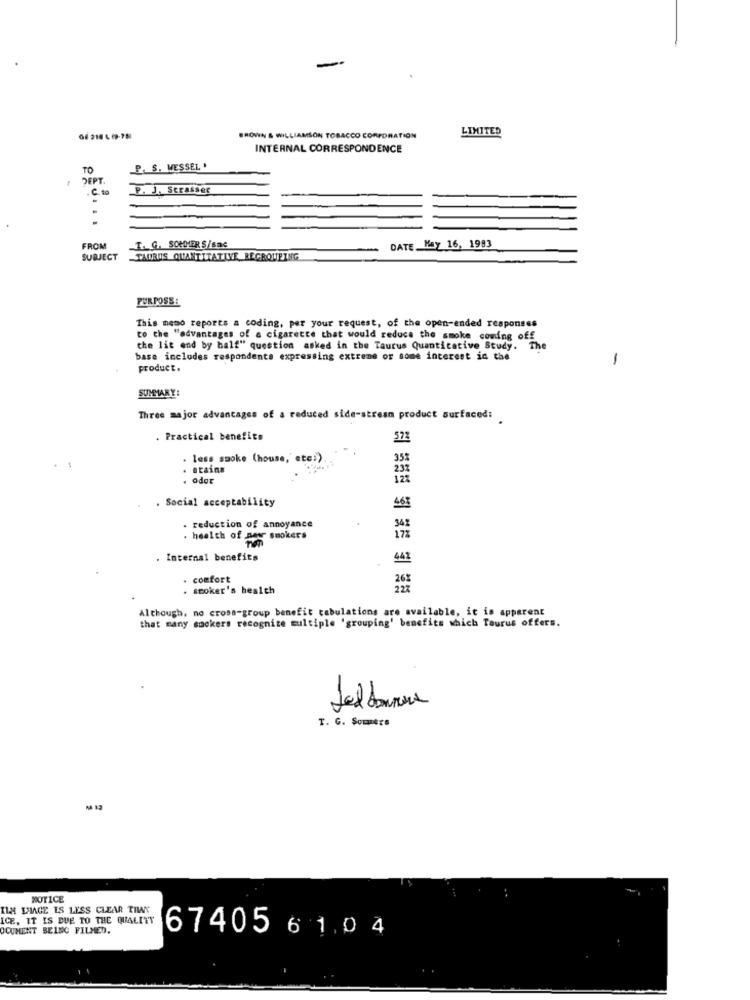
LIMITED
GF 216 6 9-781
BROWN & WILLIAMSON TOBACCO CORPORATION
INTERNAL CORRESPONDENCE
TO
P. S. WESSEL .
DEPT.
P. J. Strassec
FROM
I. G. SOMMER S/sBC
DATE, May 16, 1993
SUBJECT
TAURUS QUANTITATIVE REGROUPING
PURPOSS:
This memo reports a coding, per your request, of the open-ended responses
to the "advantages of a cigarette that would reduce the smoke coming off
che lit end by half" question asked in the Taurus Quantitative Study.
"The
base includes respondents expressing extreme or some interest in the
-
product.
SUMMARY:
Three major advantages of a reduced side-stream product surfaced:
. Practical benefits
573
. less smoke (house, ete:)
353
Brains
. odor
. Social acceptability
. reduction of annoyance
342
. health of new smokers
172
. Internal benefits
442
comfort
. smoker's health
Although, no cross-group benefit tabulations are available, it is apparent
that many smokers recognize multiple 'grouping' benefits which Taurus offers.
1
T. G. Sommers
NOTICE
ILM LIGE ES LESS CLEAR THAT
ICE, IT IS DUE TO THE QUALITY
OCUMENT BEING FILMED.
67405 6 1.0 4